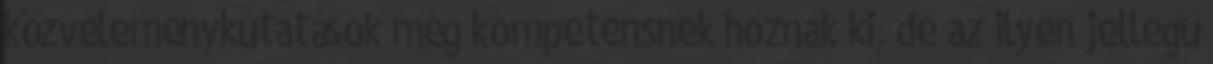
közvéleménykutatások még kompetensnek hoznak ki, de az ilyen jellegű